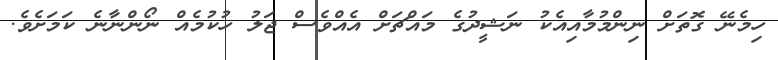
ހިމެނޭ ގޮތަށް ނިންމުމާއިއެކު ނަޝީދުގެ މައްޗަށް އެއްވެސް ޖަލު ހުކުމެއް ނޯންނާނެ ކަމަށެވެ.